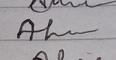
Signature authenticity: genuine